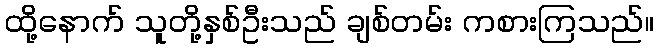
ထို့နောက် သူတို့နှစ်ဦးသည် ချစ်တမ်း ကစားကြသည်။